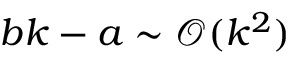
b k - a \sim \mathcal { O } ( k ^ { 2 } )